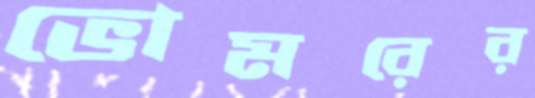
ভোমরের